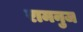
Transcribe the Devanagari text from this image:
रामनुज